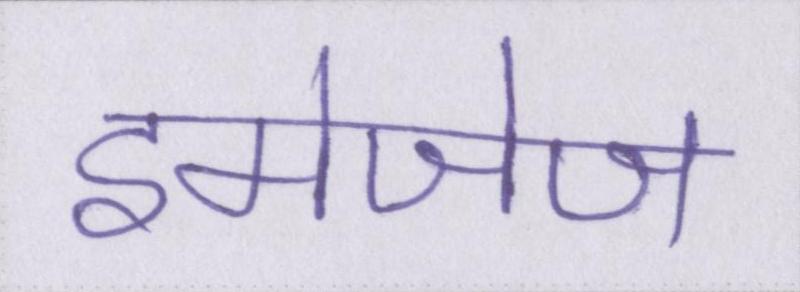
इमेजेज